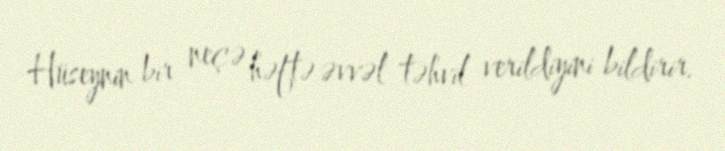
Hüseynin bir neçə həftə əvvəl təhvil verildiyini bildirir.